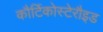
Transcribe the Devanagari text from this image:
कौर्टिकोस्टेरौइड